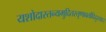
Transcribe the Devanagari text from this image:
यशोदास्तन्यमुदितस्तृणावर्तादिदुस्सहः।